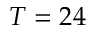
T = 2 4